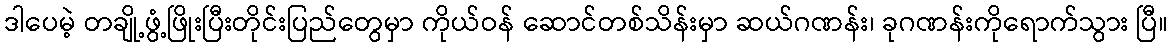
ဒါပေမဲ့ တချို့ဖွံ့ဖြိုးပြီးတိုင်းပြည်တွေမှာ ကိုယ်ဝန် ဆောင်တစ်သိန်းမှာ ဆယ်ဂဏန်း၊ ခုဂဏန်းကိုရောက်သွား ပြီ။